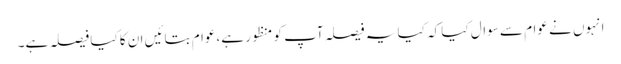
انہوں نے عوام سے سوال کیا کہ کیا یہ فیصلہ آپ کو منظور ہے،عوام بتائیں ان کا کیا فیصلہ ہے۔